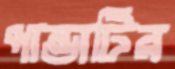
পান্ডাটির